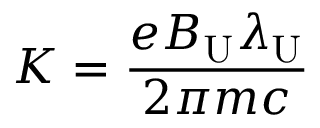
K = \frac { e B _ { \mathrm { U } } \lambda _ { \mathrm { U } } } { 2 \pi m c }